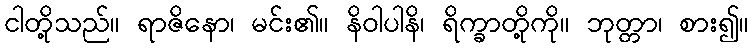
ငါတို့သည်။ ရာဇိနော၊ မင်း၏။ နိဝါပါနိ၊ ရိက္ခာတို့ကို။ ဘုတ္တာ၊ စား၍။